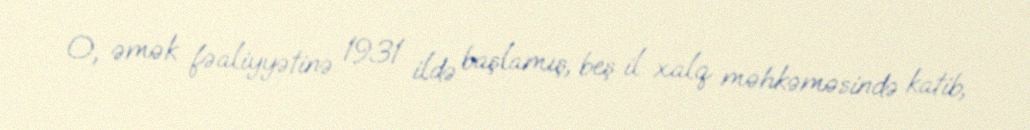
O, əmək fəaliyyətinə 1931 ildə başlamış, beş il xalq məhkəməsində katib,